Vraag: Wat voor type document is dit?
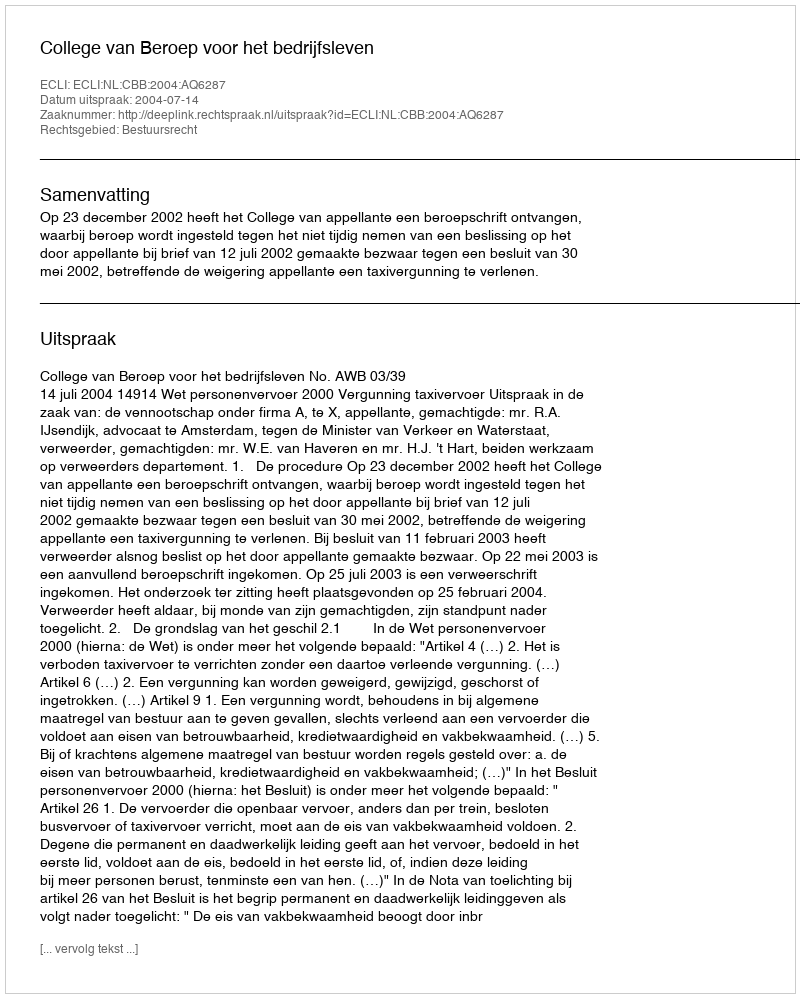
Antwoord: Uitspraak